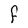
Character: F